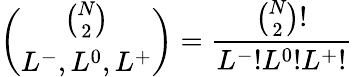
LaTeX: \binom{\binom{N}{2}}{L^{-},L^{0},L^{+}}=\frac{\binom{N}{2}!}{L^{-}!L^{0}!L^{+}!}